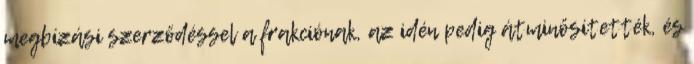
megbízási szerződéssel a frakciónak, az idén pedig átminősítették, és